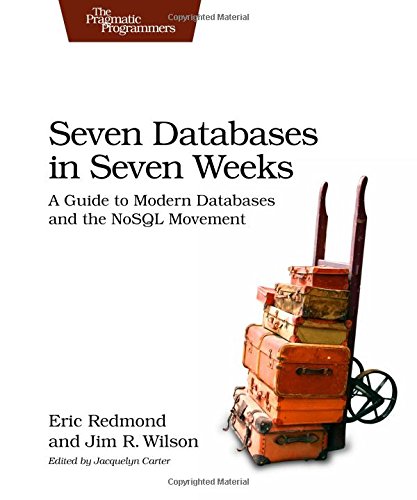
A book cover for Seven Databases in Seven Weeks: A Guide to Modern Databases and the NoSQL Movement; Eric Redmond; Computers & Technology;